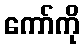
ကော်ကို